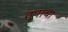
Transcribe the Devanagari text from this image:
तूपाचा